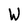
Character: W